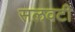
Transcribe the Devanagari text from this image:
सलवटी